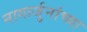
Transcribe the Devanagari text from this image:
नागार्जुनांच्या